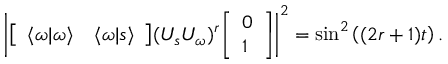
\left| { \left[ \begin{array} { l l } { \langle \omega | \omega \rangle } & { \langle \omega | s \rangle } \end{array} \right] } ( U _ { s } U _ { \omega } ) ^ { r } { \left[ \begin{array} { l } { 0 } \\ { 1 } \end{array} \right] } \right| ^ { 2 } = \sin ^ { 2 } \left( ( 2 r + 1 ) t \right) .